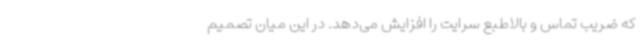
که ضریب تماس و بالاطبع سرایت را افزایش می‌دهد. در این میان تصمیم